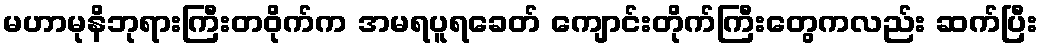
မဟာမုနိဘုရားကြီးတဝိုက်က အမရပူရခေတ် ကျောင်းတိုက်ကြီးတွေကလည်း ဆက်ပြီး